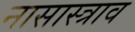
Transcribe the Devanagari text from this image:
नासास्त्राव